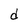
Character: d